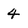
Character: 4